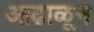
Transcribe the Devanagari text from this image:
आढाळून